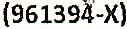
(961394-X)